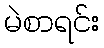
မဲစာရင်း